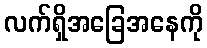
လက်ရှိအခြေအနေကို